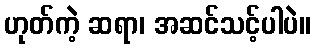
ဟုတ်ကဲ့ ဆရာ၊ အဆင်သင့်ပါပဲ။